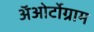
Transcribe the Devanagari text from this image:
अॅओर्टोग्राम